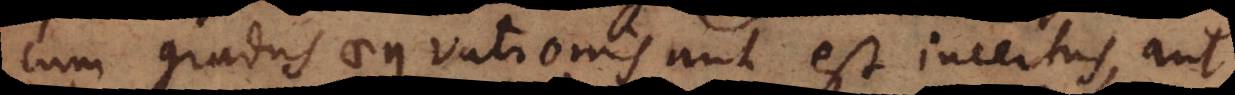
cum gradus aequationis aut est incertus, aut